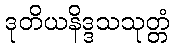
ဒုတိယနိဒ္ဒသသုတ္တံ